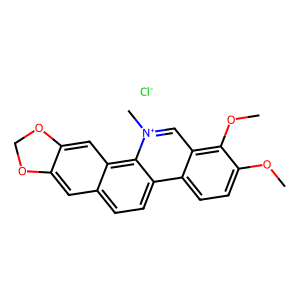
SMILES: COc1ccc2c(c[n+](C)c3c4cc5c(cc4ccc23)OCO5)c1OC.[Cl-]
Inhibits HIV replication: No